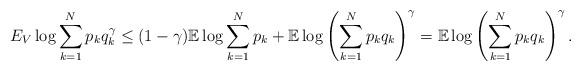
LaTeX: \begin{align*} E_V \log \sum_{k=1}^N p_k q_k ^ \gamma \leq ( 1 - \gamma ) \mathbb{E} \log \sum_{k=1}^N p_k + \mathbb{E} \log \left( \sum_{k=1}^N p_k q_k \right)^ \gamma = \mathbb{E} \log \left( \sum_{k=1}^N p_k q_k \right)^ \gamma.\end{align*}